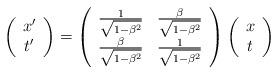
LaTeX: \begin{align*}\left(\begin{array}{c}x'\\t'\end{array} \right) =\left(\begin{array}{cc}\frac{1}{ \sqrt{1-\beta^2}} &\frac{\beta}{ \sqrt{1-\beta^2}}\\\frac{\beta}{ \sqrt{1-\beta^2}}&\frac{1}{ \sqrt{1-\beta^2}}\end{array} \right) \left(\begin{array}{c}x\\t\end{array} \right) \end{align*}